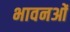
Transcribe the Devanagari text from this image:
भावनओं